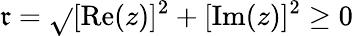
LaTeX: \mathfrak{r}={\sqrt{}{{[\mathrm{{Re}}(z)]^{2}+[\mathrm{{Im}}(z)]^{2}}}}\geq0